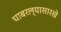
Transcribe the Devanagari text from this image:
घाबरल्यासारखे